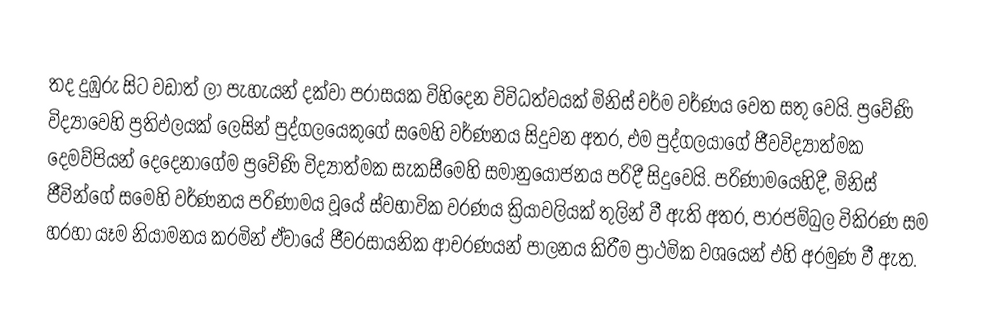
තද දුඹුරු සිට වඩාත් ලා පැහැයන් දක්වා පරාසයක විහිදෙන විවිධත්වයක් මිනිස් චර්ම වර්ණය වෙත සතු වෙයි.  ප්‍රවේණි විද්‍යාවෙහි ප්‍රතිඵලයක් ලෙසින් පුද්ගලයෙකුගේ සමෙහි වර්ණනය සිදුවන අතර, එම පුද්ගලයාගේ ජීවවිද්‍යාත්මක දෙමව්පියන් දෙදෙනාගේම ප්‍රවේණි විද්‍යාත්මක  සැකසීමෙහි සමානුයෝජනය පරිදී සිදුවෙයි. පරිණාමයෙහිදී, මිනිස් ජීවින්ගේ සමෙහි වර්ණනය පරිණාමය වූයේ  ස්වභාවික වරණය ක්‍රියාවලියක් තුලින් වී ඇති අතර,  පාරජම්බුල විකිරණ සම හරහා යෑම නියාමනය කරමින් ඒවායේ ජීවරසායනික ආචරණයන් පාලනය කිරීම ප්‍රාථමික වශයෙන් එහි අරමුණ වී ඇත.